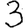
Digit: 3